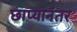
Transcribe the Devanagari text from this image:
छाप्यानंतर